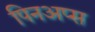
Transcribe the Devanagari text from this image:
पिनअप्स